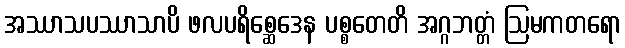
အဿာသပဿာသာပိ ဖလပရိစ္ဆေဒေန ပစ္စတေတိ အဂ္ဂဘတ္တံ ဩမကတရော